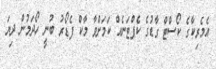
އެމެރިކާގެ ކޯސްޓް ގާޑުގެ ކެޕްޓަނެއް ކަމަށްވާ މާކް ފެޑޯރު ބުނީ ހޯދަމުން ދިޔަ